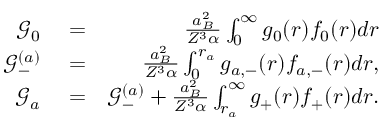
\begin{array} { r l r } { \mathcal { G } _ { 0 } } & { { } = } & { \frac { a _ { B } ^ { 2 } } { Z ^ { 3 } \alpha } \int _ { 0 } ^ { \infty } g _ { 0 } ( r ) f _ { 0 } ( r ) d r } \\ { \mathcal { G } _ { - } ^ { ( a ) } } & { { } = } & { \frac { a _ { B } ^ { 2 } } { Z ^ { 3 } \alpha } \int _ { 0 } ^ { r _ { a } } g _ { a , - } ( r ) f _ { a , - } ( r ) d r , } \\ { \mathcal { G } _ { a } } & { { } = } & { \mathcal { G } _ { - } ^ { ( a ) } + \frac { a _ { B } ^ { 2 } } { Z ^ { 3 } \alpha } \int _ { r _ { a } } ^ { \infty } g _ { + } ( r ) f _ { + } ( r ) d r . } \end{array}